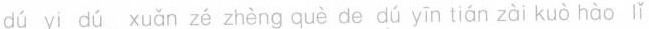
d\acute{u} yi d\acute{u} xu\check{a}n z\acute{e} zh\grave{e}ng qu\grave{e} de d\acute{u} y\bar{i}n ti\acute{a}n z\grave{a}i ku\grave{o} h\grave{a}o l\check{i}